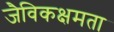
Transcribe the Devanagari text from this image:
जैविकक्षमता